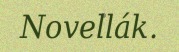
Novellák.